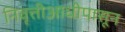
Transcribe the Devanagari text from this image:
निवृत्तीआधीपासून